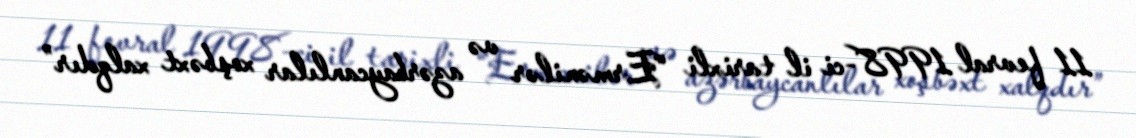
11 fevral 1998-ci il tarixli “Ermənilər və azərbaycanlılar xoşbəxt xalqdır”